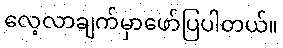
လေ့လာချက်မှာဖော်ပြပါတယ်။